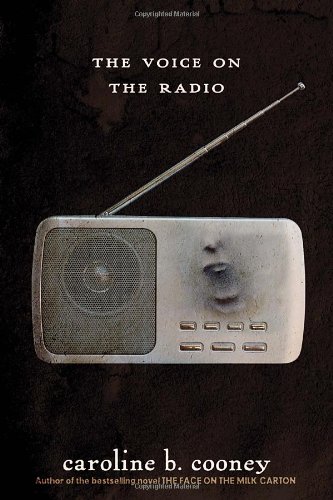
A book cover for The Voice on the Radio; Caroline B. Cooney; Children's Books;